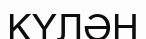
КҮЛӘН